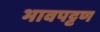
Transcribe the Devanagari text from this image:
भावपट्टण